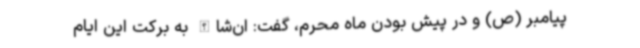
پیامبر (ص) و در پیش بودن ماه محرم، گفت: ان‌شا‌الله به برکت این ایام